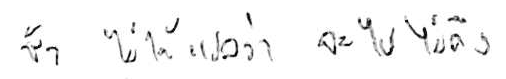
ช้า ไม่ได้แปลว่า จะไปไม่ถึง